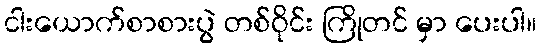
ငါးယောက်စာစားပွဲ တစ်ဝိုင်း ကြိုတင် မှာ ပေးပါ။